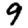
Digit: 9